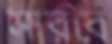
সারবে